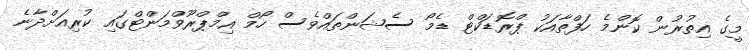
މީގެ އިތުރުން ކޮންމެ ހަފްތާއަކު ޕްރޮޑަކްޓް ޑެމޯ ސެޝަންތައްވެސް ހޯމް އިމްޕްރޫވްމަންޓްގައި ކުރިއަށްދާނެ